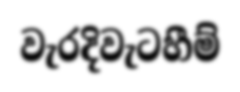
වැරදිවැටහීම්